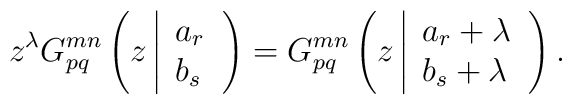
z^{\lambda }G_{pq}^{mn}\left( z\left|\begin{array}{l}a_{r} \\b_{s}\end{array}\right. \right) =G_{pq}^{mn}\left( z\left|\begin{array}{l}a_{r}+\lambda  \\b_{s}+\lambda\end{array}\right. \right) .